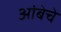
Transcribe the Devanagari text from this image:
आंबेचे